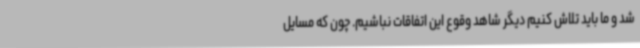
شد و ما باید تلاش کنیم دیگر شاهد وقوع این اتفاقات نباشیم. چون که مسایل